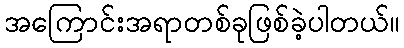
အကြောင်းအရာတစ်ခုဖြစ်ခဲ့ပါတယ်။